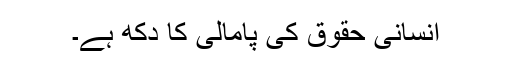
انسانی حقوق کی پامالی کا دکھ ہے۔